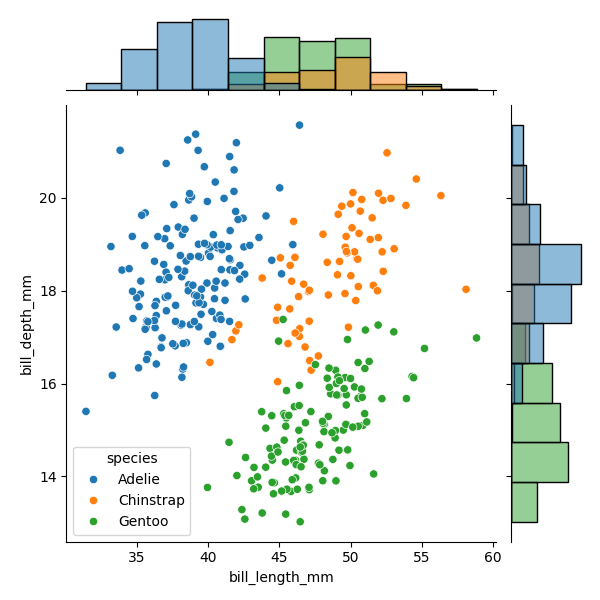
python, seaborn, JointGrid, scatterplot, histplot, hue